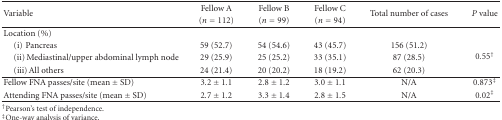
<table><thead><tr><td rowspan="2"><b>Variable</b></td><td><b>Fellow A</b></td><td><b>Fellow B</b></td><td><b>Fellow C</b></td><td rowspan="2"><b>Total number of cases</b></td><td rowspan="2"><b><i>P</i> value</b></td></tr><tr><td><b>(<i>n</i> = 112)</b></td><td><b>(<i>n</i> = 99)</b></td><td><b>(<i>n</i> = 94)</b></td></tr></thead><tbody><tr><td>Location (%)</td><td></td><td></td><td></td><td></td><td></td></tr><tr><td> (i)Pancreas</td><td>59 (52.7)</td><td>54 (54.6)</td><td>43 (45.7)</td><td>156 (51.2)</td><td rowspan="3">0.55<sup>†</sup></td></tr><tr><td> (ii) Mediastinal/upper abdominal lymph node</td><td>29 (25.9)</td><td>25 (25.2)</td><td>33 (35.1)</td><td>87 (28.5)</td></tr><tr><td> (iii) All others</td><td>24 (21.4)</td><td>20 (20.2)</td><td>18 (19.2)</td><td>62 (20.3) </td></tr><tr><td>Fellow FNA passes/site (mean ± SD)</td><td>3.2 ± 1.1</td><td>2.8 ± 1.2</td><td>3.0 ± 1.1</td><td>N/A</td><td>0.873<sup>‡</sup></td></tr><tr><td>Attending FNA passes/site (mean ± SD)</td><td>2.7 ± 1.2</td><td>3.3 ± 1.4</td><td>2.8 ± 1.5</td><td>N/A</td><td>0.02<sup>‡</sup></td></tr></tbody></table>